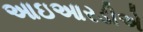
આઇઆરડીએ